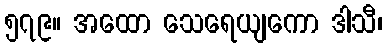
၅၇၉။ အထော သေရေယျကော ဒါသီ၊